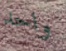
واحد